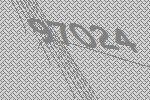
97024